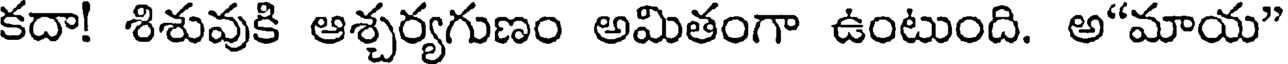
కదా! శిశువుకి ఆశ్చర్యగుణం అమితంగా ఉంటుంది. అ"మాయ"